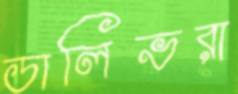
ডালিভরা